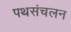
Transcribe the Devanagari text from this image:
पथसंचलन